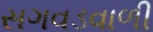
સગવડવાળી